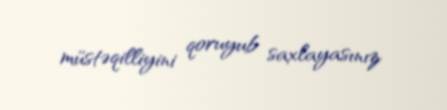
müstəqilliyini qoruyub saxlayasınız.